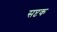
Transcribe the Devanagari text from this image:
सप्टक